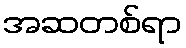
အဆတစ်ရာ